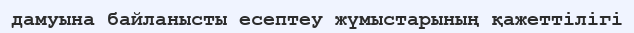
дамуына байланысты есептеу жүмыстарының қажеттілігі